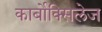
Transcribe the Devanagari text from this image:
कार्बोक्सिलेज